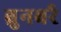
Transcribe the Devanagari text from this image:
ब्रुनबर्र